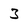
Character: 3